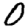
Digit: 0